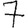
Digit: 7